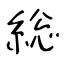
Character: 総